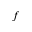
f